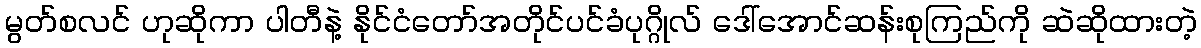
မွတ်စလင် ဟုဆိုကာ ပါတီနဲ့ နိုင်ငံတော်အတိုင်ပင်ခံပုဂ္ဂိုလ် ဒေါ်အောင်ဆန်းစုကြည်ကို ဆဲဆိုထားတဲ့